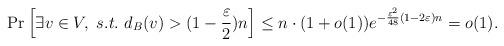
LaTeX: \begin{align*}\Pr\left[\exists v\in V,~s.t.~d_B(v)> (1-\frac {\varepsilon}2)n\right]\leq n\cdot (1+o(1))e^{-\frac {\varepsilon^2}{48}(1-2\varepsilon)n}=o(1).\end{align*}